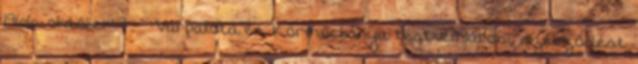
1966. október 7. – Várpalota és Körmöcbánya testvérvárosi szerződést